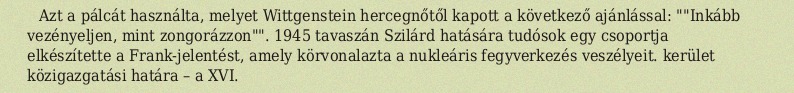
Azt a pálcát használta, melyet Wittgenstein hercegnőtől kapott a következő ajánlással: ""Inkább vezényeljen, mint zongorázzon"". 1945 tavaszán Szilárd hatására tudósok egy csoportja elkészítette a Frank-jelentést, amely körvonalazta a nukleáris fegyverkezés veszélyeit. kerület közigazgatási határa – a XVI.